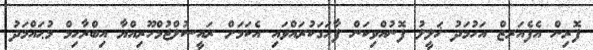
ފޮރިން އެފެއަރޒް އަހުމަދު ޚަލީލު ފޮނުއްވިކަން ފާހަގަކުރައްވައި އެކަމަށް ރައީސުލްޖުމްހޫރިއްޔާ އިބްރާހިމް މުޙައްމަދު